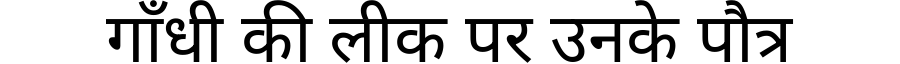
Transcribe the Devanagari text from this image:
गाँधी की लीक पर उनके पौत्र